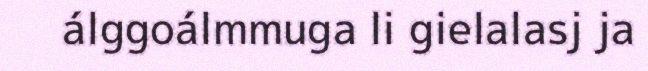
álggoálmmuga li gielalasj ja